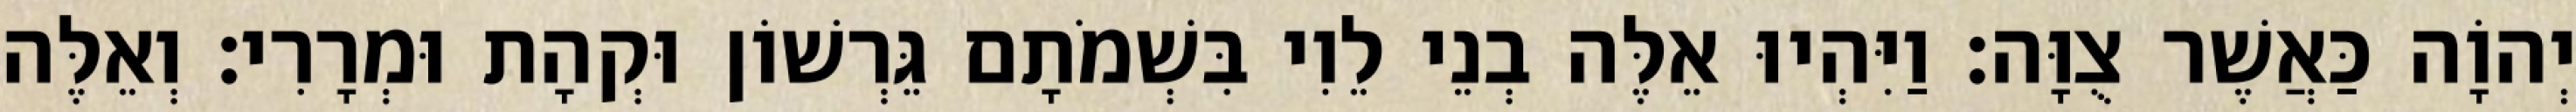
יְהוָֹה כַּאֲשֶׁר צֻוָּה׃ וַיִּהְיוּ אֵלֶּה בְנֵי לֵוִי בִּשְׁמֹתָם גֵּרְשׁוֹן וּקְהָת וּמְרָרִי׃ וְאֵלֶּה